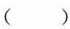
()